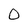
Character: 0